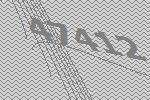
47412